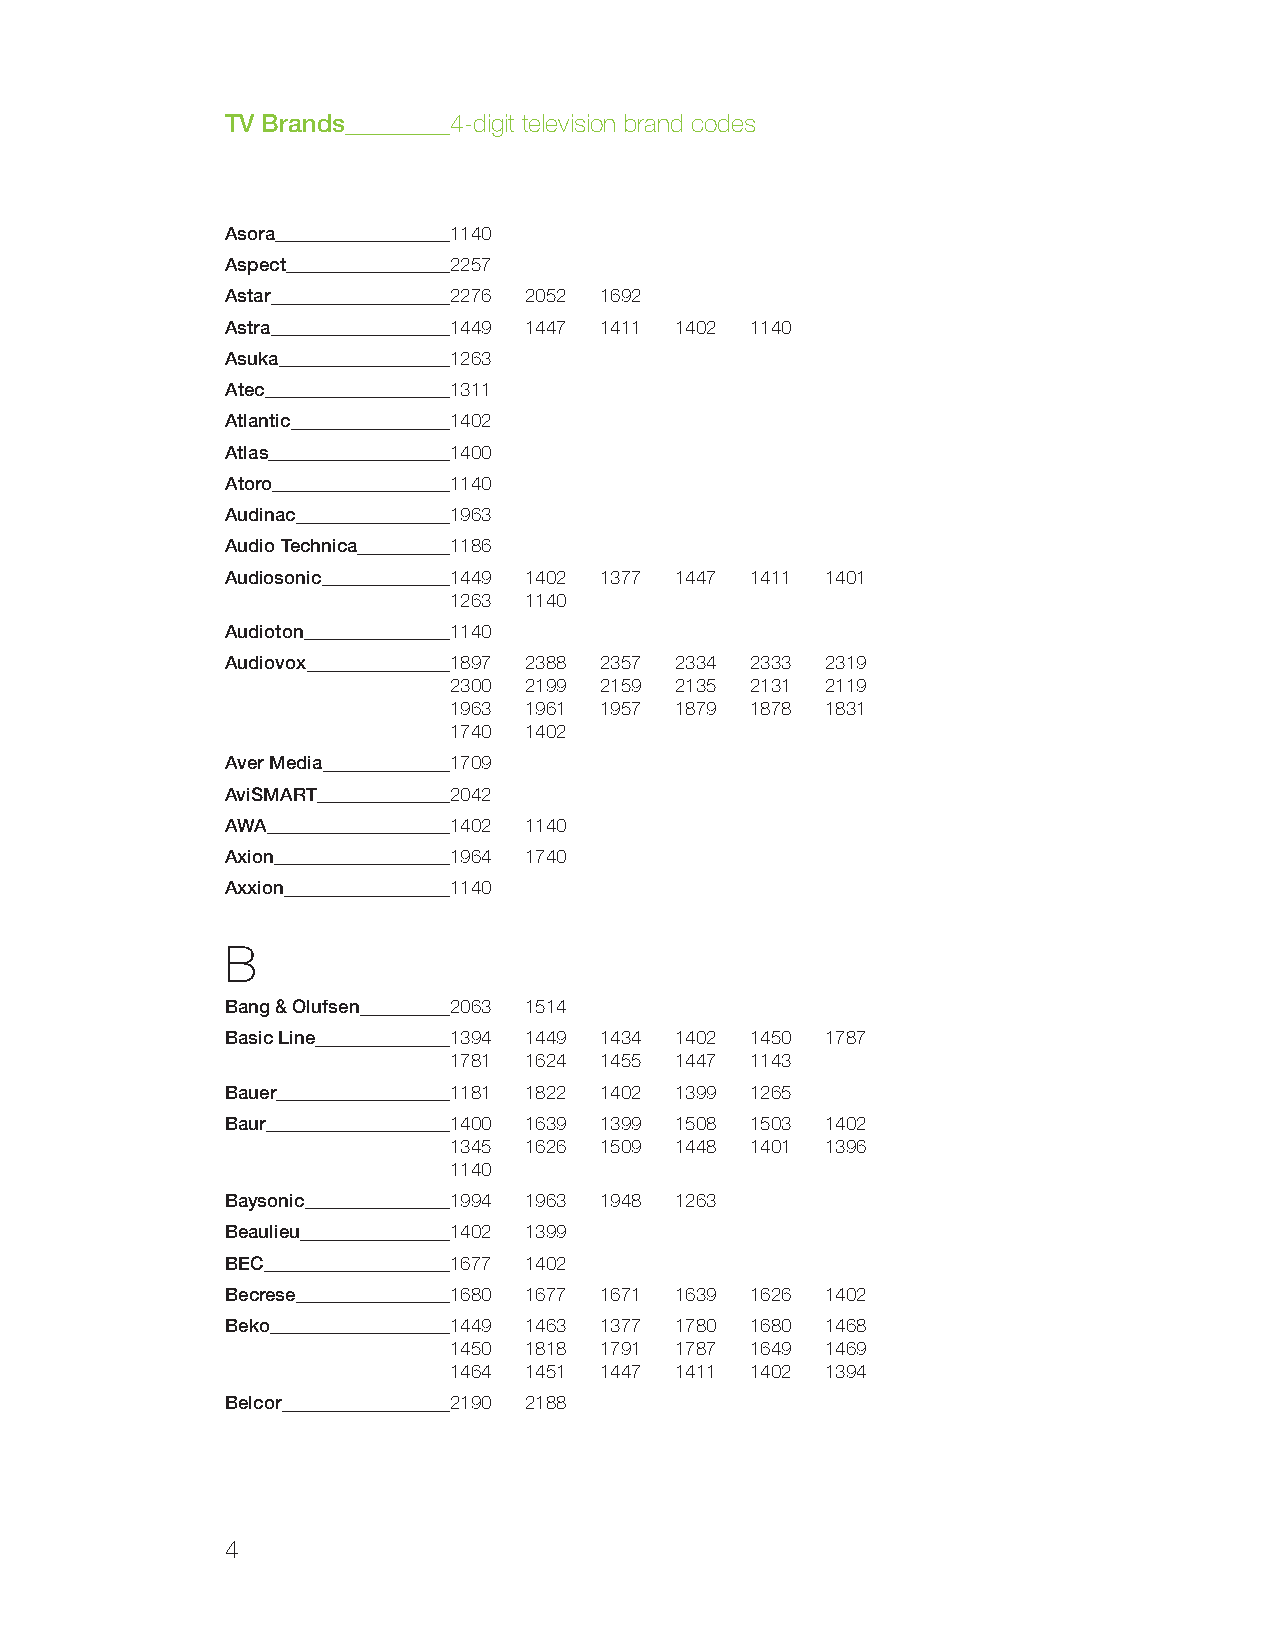
TV Brands      4-digit television brand codes
 Asora          1140
 Aspect         2257
 Astar          2276 2052 1692
 Astra          1449 1447 1411 1402 1140
 Asuka          1263
 Atec           1311
 Atlantic       1402
 Atlas          1400
 Atoro          1140
 Audinac        1963
 Audio Technica 1186
 Audiosonic     1449 1402 1377 1447 1411 1401
 1263 1140
 Audioton       1140
 Audiovox       1897 2388 2357 2334 2333 2319
 2300 2199 2159 2135 2131 2119
 1963 1961 1957 1879 1878 1831
 1740 1402
 Aver Media     1709
 AviSMART       2042
 AWA            1402 1140
 Axion          1964 1740
 Axxion         1140
 B
 Bang & Olufsen 2063 1514
 Basic Line     1394 1449 1434 1402 1450 1787
 1781 1624 1455 1447 1143
 Bauer          1181 1822 1402 1399 1265
 Baur           1400 1639 1399 1508 1503 1402
 1345 1626 1509 1448 1401 1396
 1140
 Baysonic       1994 1963 1948 1263
 Beaulieu       1402 1399
 BEC            1677 1402
 Becrese        1680 1677 1671 1639 1626 1402
 Beko           1449 1463 1377 1780 1680 1468
 1450 1818 1791 1787 1649 1469
 1464 1451 1447 1411 1402 1394
 Belcor         2190 2188
 4